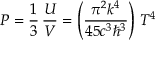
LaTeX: P = { \frac { 1 } { 3 } } \, { \frac { U } { V } } = \left( { \frac { \pi ^ { 2 } k ^ { 4 } } { 4 5 c ^ { 3 } \hbar ^ { 3 } } } \right) \, T ^ { 4 }